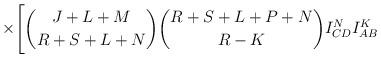
LaTeX: \begin{align*}\times\Biggl[{{J+L+M} \choose {R+S+L+N}}{{R+S+L+P+N}\choose {R-K}}I^N_{CD}I^K_{AB}\end{align*}